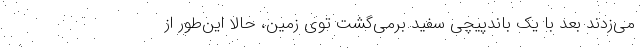
می‌زدند بعد با یک باندپیچی سفید برمی‌گشت توی زمین، حالا این‌طور از